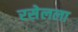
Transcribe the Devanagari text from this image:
रसेलला